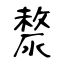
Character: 漦